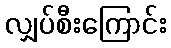
လျှပ်စီးကြောင်း